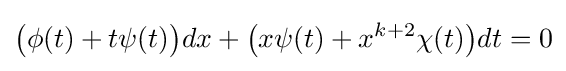
{\big (}\phi (t)+t\psi (t){\big )}dx+{\big (}x\psi (t)+x^{k+2}\chi (t){\big )}dt=0